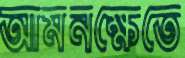
আমনক্ষেতে